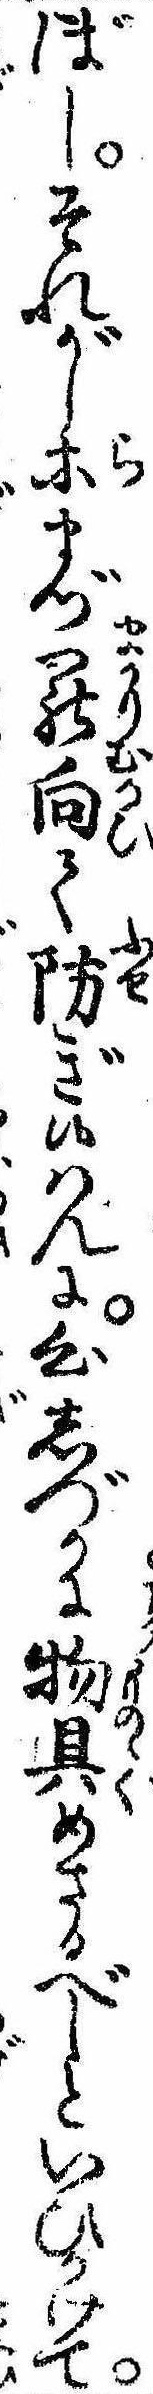
ぼしそれがし等まづ罷向て防ぎ候はんに心しづかに物具めさるべしといひかけて